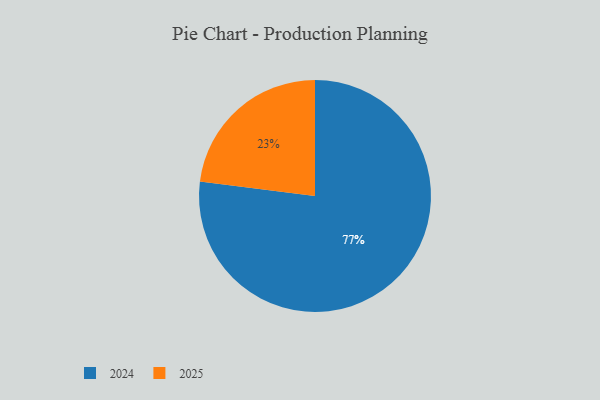
{"axis": {"x": "Category", "y": "Percentage"}, "legend": ["2024", "2025"], "data": [{"x": "2024", "y": 77, "type": "2024"}, {"x": "2025", "y": 23, "type": "2025"}]}